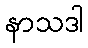
နာသဒါ